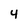
Character: 4